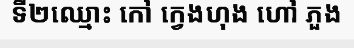
ទី២ឈ្មោះ កៅ ក្វេងហុង ហៅ ភួង